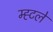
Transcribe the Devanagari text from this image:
म्ह्टले